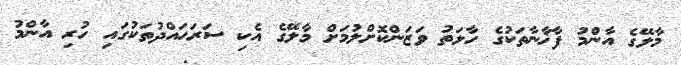
މާލޭގެ އާންމު ފާޚާނާތަކުގެ ހާލަތު ވަޒަންކޮށްލުމަށް މާލޭގެ އެކި ސަރަހައްދުތަކުގައި ހުރި އާންމު